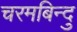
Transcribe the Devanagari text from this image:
चरमबिन्दु